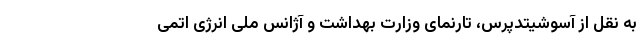
به نقل از آسوشیتدپرس، تارنمای وزارت بهداشت و آژانس ملی انرژی اتمی